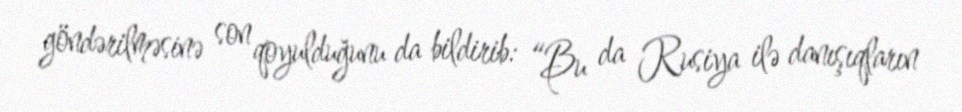
göndərilməsinə son qoyulduğunu da bildirib: “Bu da Rusiya ilə danışıqların